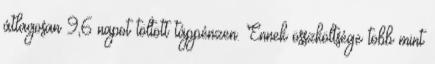
átlagosan 9,6 napot töltött táppénzen. Ennek összköltsége több mint